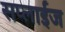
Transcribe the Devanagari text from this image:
सप्लाईज